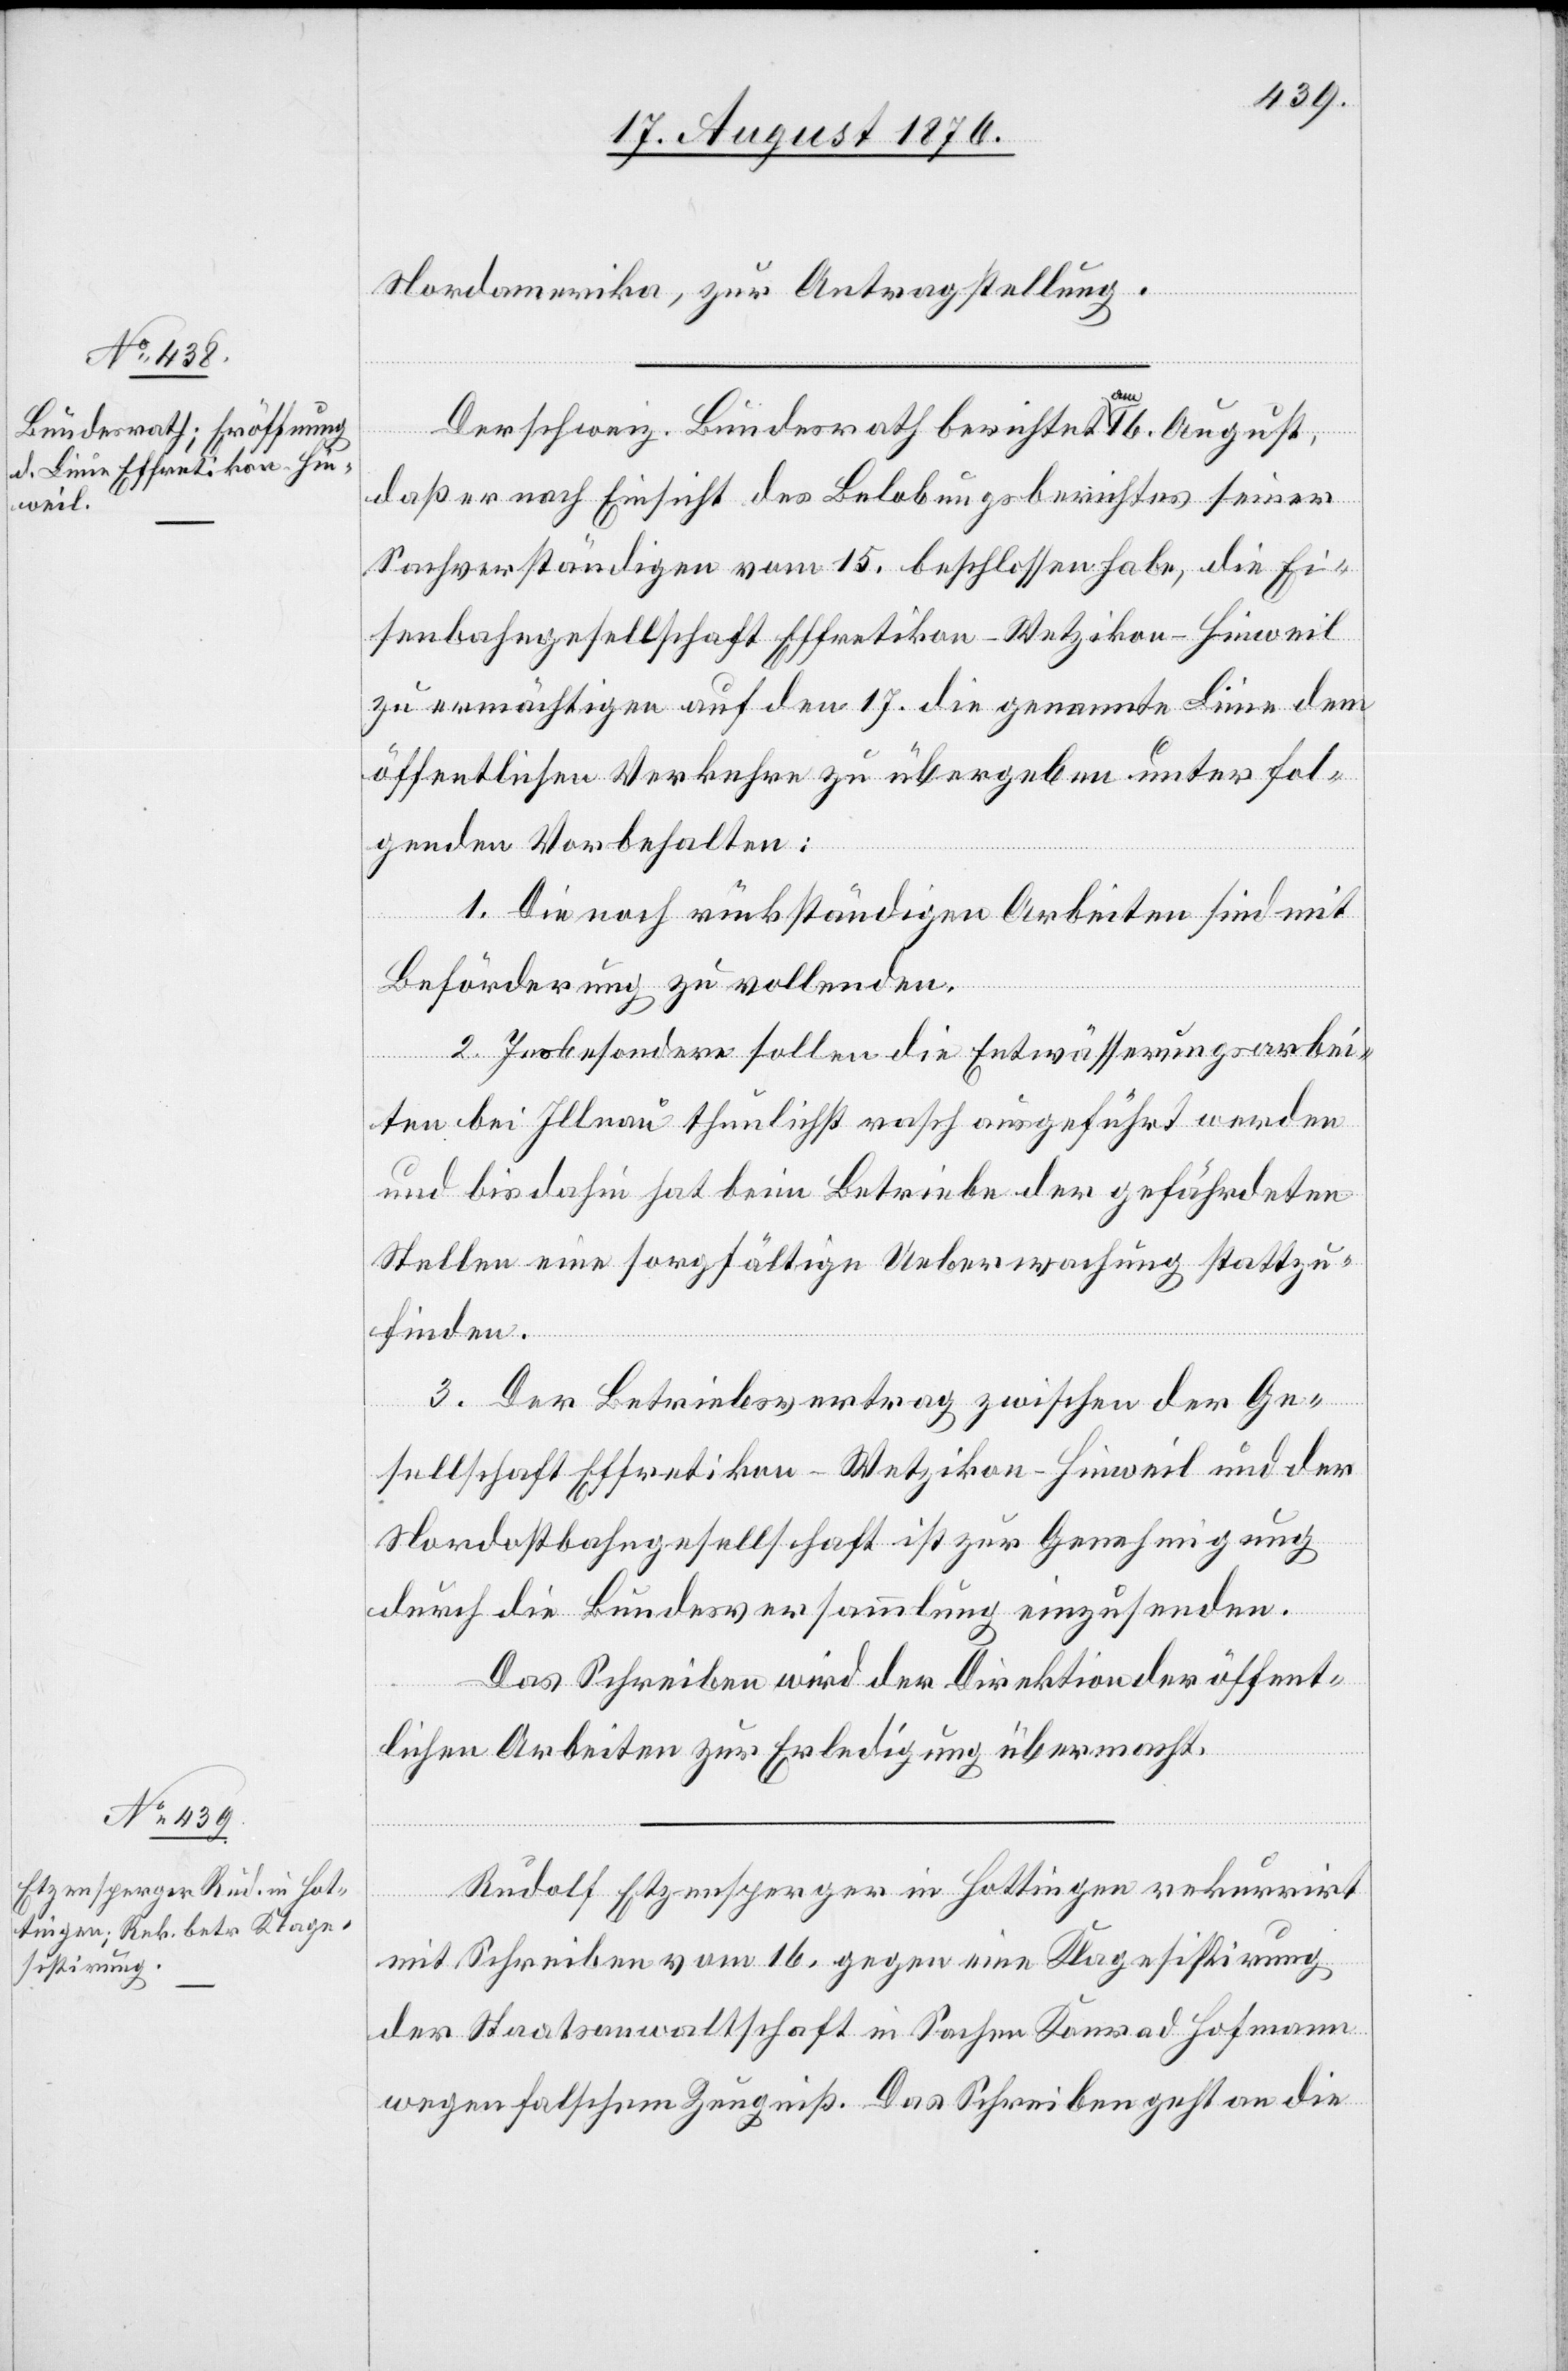
18. August 1876.]
Nordamerika, zur Antragstellung.
Der schweiz. Bundesrath berichtet a-am-a 16. August,
daß er nach Einsicht des Belobungsberichtes seiner
Sachverständigen vom 15. beschlossen habe, die Ei¬
senbahngesellschaft Effretikon–Wetzikon–Hinweil
zu ermächtigen auf den 17. die genannte Linie dem
öffentlichen Verkehre zu übergeben unter fol¬
genden Vorbehalten:
1. Die noch rückständigen Arbeiten sind mit
Beförderung zu vollenden.
2. insbesondere sollen die Entwässerungsarbei¬
ten bei Illnau thunlichst rasch ausgeführt werden
und bis dahin hat beim Betriebe der gefährdeten
Stellen eine sorgfältige Ueberwachung stattzu¬
finden.
3. Der Betriebsvertrag zwischen der Ge¬
sellschaft Effretikon–Wetzikon–Hinweil und der
Nordostbahngesellschaft ist zur Genehmigung
gungen.
durch die Bundesversammlung einzusenden.
Das Schreiben wird der Direktion der öffent¬
lichen Arbeiten zur Erledigung übermacht.
al-Verfü¬
Rudolf Etzensperger in Hottingen rekurrirt
mit Schreiben vom 16. gegen eine Klagesistirung
der Staatsanwaltschaft in Sachen Konrad Hofmann
wegen falschem Zeugniß. Das Schreiben geht an die